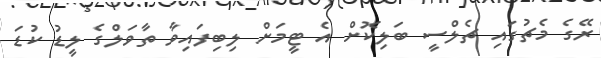
ރޭގެ މެޗުގައި ޗެލްސީ ބަލިކޮށް އެ ޓީމަށް ލިބިފައިވާ ތާވަލްގެ ލީޑު ކުޑަ